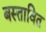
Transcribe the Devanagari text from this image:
बस्तावित